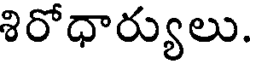
శిరోధార్యులు.